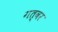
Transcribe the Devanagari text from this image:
गत्वर